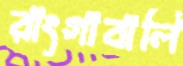
রাংগাবালি